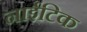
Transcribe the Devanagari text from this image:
नाईटिक